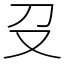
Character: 𠬛